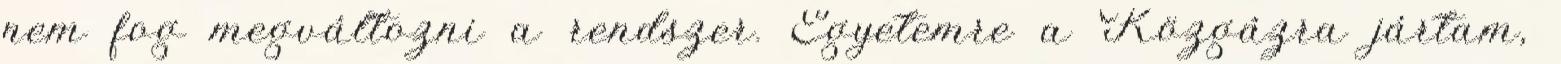
nem fog megváltozni a rendszer. Egyetemre a Közgázra jártam,